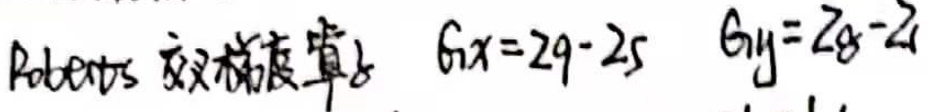
Roberts 交叉梯度算子 $\quad G_x = 29 - 25\quad G_y=28 - 24$